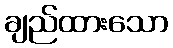
ချည်ထားသော